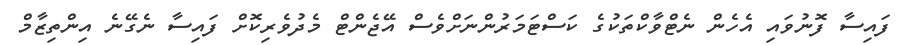
ފައިސާ ފޮނުވައި އެހެން ނެޓްވާކްތަކުގެ ކަސްޓަމަރުންނަށްވެސް އޭޖެންޓް މެދުވެރިކޮށް ފައިސާ ނެގޭނެ އިންތިޒާމް